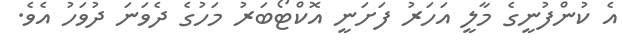
އެ ކުންފުނީގެ މާލީ އަހަރު ފަށަނީ އޮކްޓޯބަރު މަހުގެ ދެވަނަ ދުވަހު އެވެ.